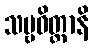
သဗ္ဗဝိတ္တာနိ